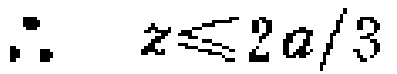
\(\therefore\quad z\leqslant 2a/3\)